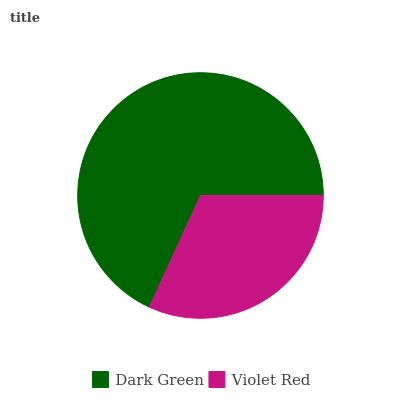
| Dark Green | Violet Red |
 | --- | --- |
 | 68.2% | 31.8% |